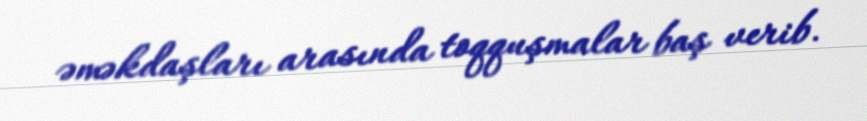
əməkdaşları arasında toqquşmalar baş verib.